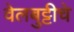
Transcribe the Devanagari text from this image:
वेलबुट्टीचे